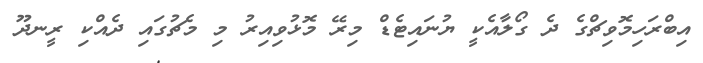
އިބްރަހިމޮވިޗްގެ ދެ ގޯލާއެކީ ޔުނައިޓެޑް މިރޭ މޮޅުވިއިރު މި މެޗުގައި ދެއްކި ރީނދޫ